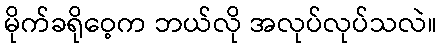
မိုက်ခရိုဝေ့က ဘယ်လို အလုပ်လုပ်သလဲ။